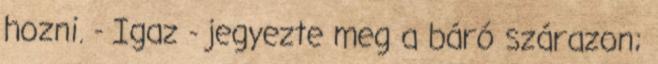
hozni. - Igaz - jegyezte meg a báró szárazon;